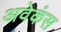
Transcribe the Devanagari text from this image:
अवेकंस